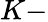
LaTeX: K-